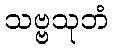
သဗ္ဗသုဘံ